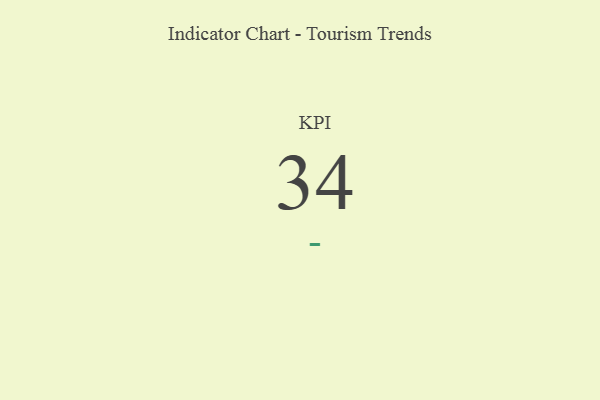
{"axis": {"x": "KPI", "y": "Value"}, "legend": [""], "data": [{"x": "KPI", "y": 34, "type": ""}]}